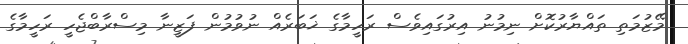
މޭޒުމަތި ތައްޔާރުކޮށް ނިމުނު އިރުގައިވެސް ރަހީމާގެ ޚަބަރެއް ނުވުމުން ފަޒީނާ މިސްރާބްޖެހީ ރަހީމާގެ